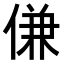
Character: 𬾹